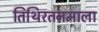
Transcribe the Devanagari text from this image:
तिथिरतनमाला